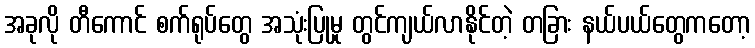
အခုလို တီကောင် စက်ရုပ်တွေ အသုံးပြုမှု တွင်ကျယ်လာနိုင်တဲ့ တခြား နယ်ပယ်တွေကတော့